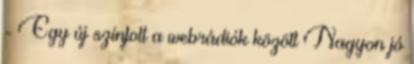
- Egy új színfolt a webrádiók között Nagyon jó